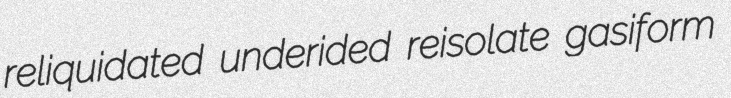
reliquidated underided reisolate gasiform